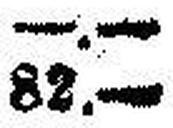
82.—